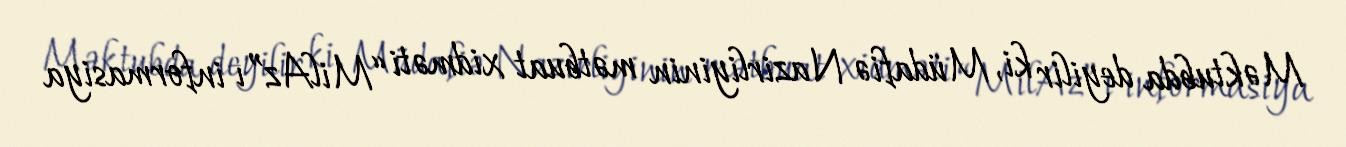
Məktubda deyilir ki, Müdafiə Nazirliyinin mətbuat xidməti “MilAz”ı informasiya